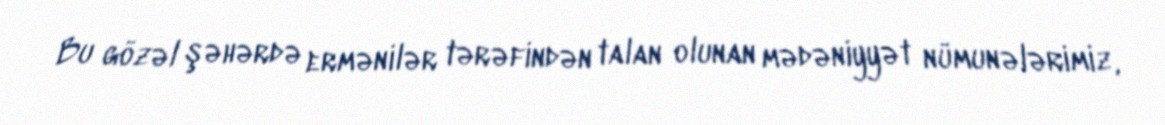
Bu gözəl şəhərdə ermənilər tərəfindən talan olunan mədəniyyət nümunələrimiz,